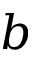
b